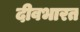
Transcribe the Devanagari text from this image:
दीवभारत